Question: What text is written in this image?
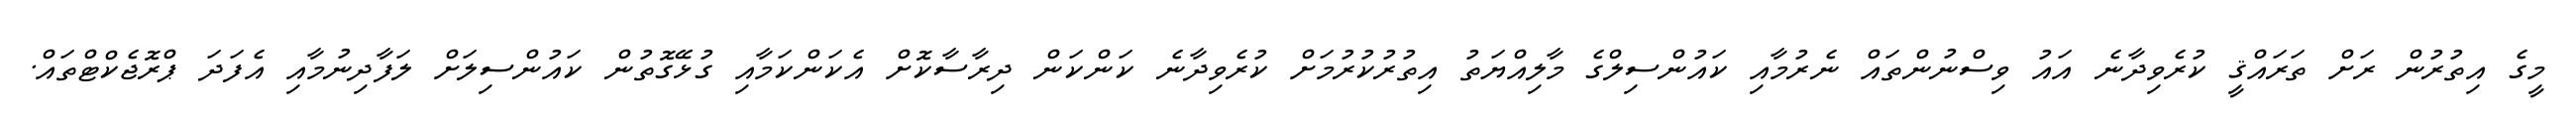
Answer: މީގެ އިތުރުން ރަށް ތަރައްޤީ ކުރެވިދާނެ އައު ވިސްނުންތައް ނެރުމާއި ކައުންސިލްގެ މާލިއްޔަތު އިތުރުކުރުމަށް ކުރެވިދާނެ ކަންކަން ދިރާސާކޮށް އެކަންކަމާއި ގުޅޭގޮތުން ކައުންސިލަށް ލަފާދިނުމާއި އެފަދަ ޕްރޮޖެކްޓްތައް.